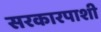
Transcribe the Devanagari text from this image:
सरकारपाशी